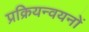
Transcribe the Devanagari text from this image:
प्रक्रियन्वयनों